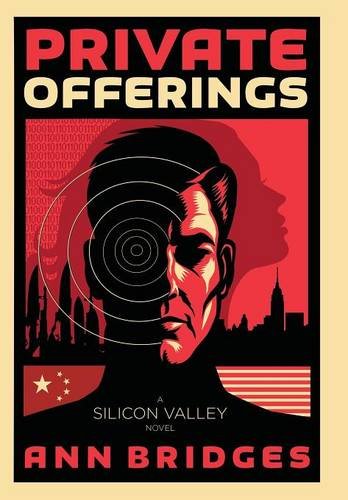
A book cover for Private Offerings: A Silicon Valley Novel; Ann Bridges; Mystery, Thriller & Suspense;